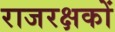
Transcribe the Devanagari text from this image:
राजरक्षकों